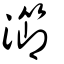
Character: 瀄